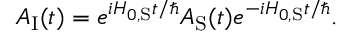
A _ { \mathrm { I } } ( t ) = e ^ { i H _ { 0 , { \mathrm { S } } } t / \hbar } A _ { \mathrm { S } } ( t ) e ^ { - i H _ { 0 , { \mathrm { S } } } t / \hbar } .